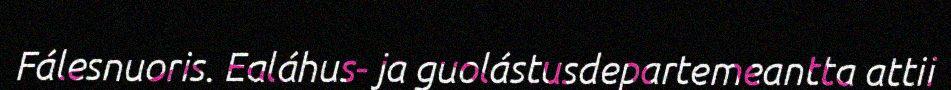
Fálesnuoris. Ealáhus- ja guolástusdepartemeantta attii